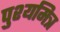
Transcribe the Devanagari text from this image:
पुश्यमित्र